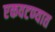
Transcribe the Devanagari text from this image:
एकवटण्यात